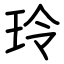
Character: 玲